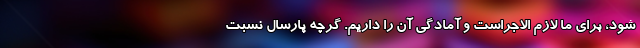
شود، برای ما لازم الاجراست و آمادگی آن را داریم. گرچه پارسال نسبت